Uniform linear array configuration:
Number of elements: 12
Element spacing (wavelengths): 0.25
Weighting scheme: hamming
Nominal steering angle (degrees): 15
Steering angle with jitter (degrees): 13.301
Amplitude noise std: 0.05
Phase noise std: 0.05

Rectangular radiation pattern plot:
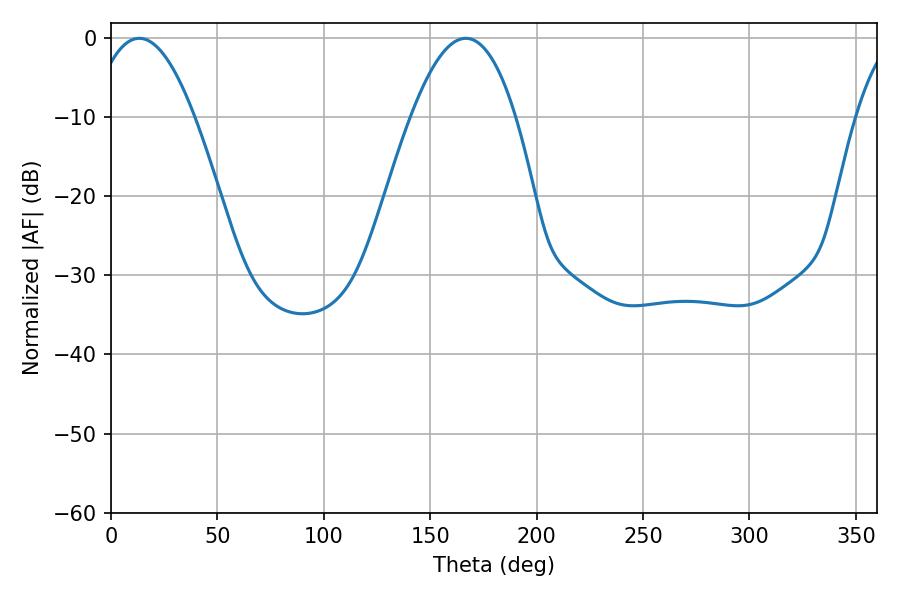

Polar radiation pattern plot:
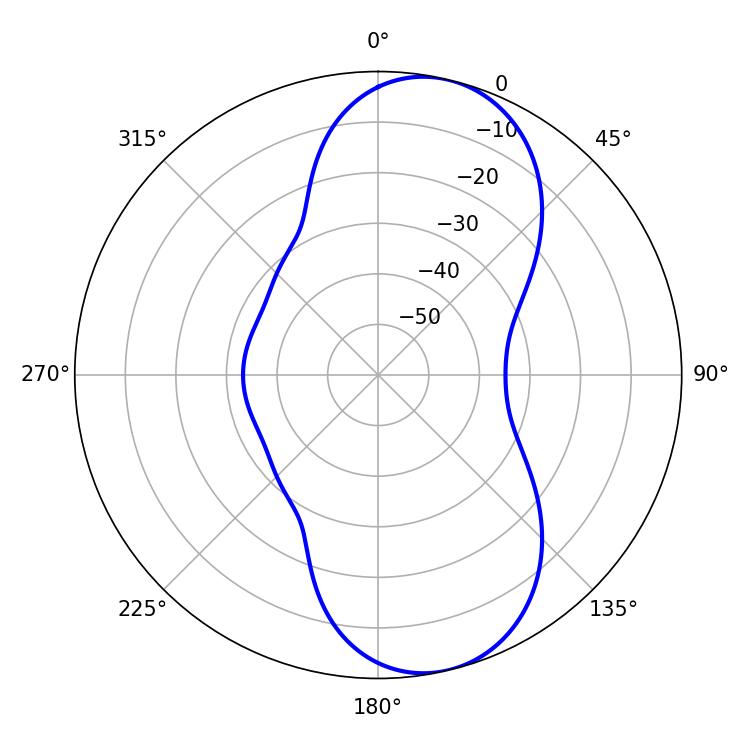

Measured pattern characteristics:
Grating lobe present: FALSE
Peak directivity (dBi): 9.176
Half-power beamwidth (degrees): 27
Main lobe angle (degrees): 13.32